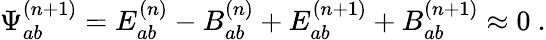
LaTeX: {\Psi}_{ab}^{(n+1)}=E_{ab}^{(n)}-B_{ab}^{(n)}+E_{ab}^{(n+1)}+B_{ab}^{(n+1)}\approx 0\ .